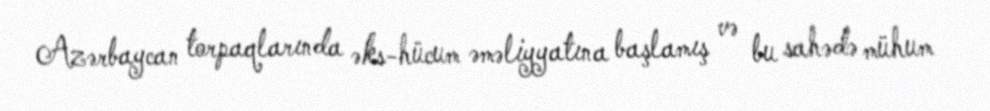
Azərbaycan torpaqlarında əks-hücum əməliyyatına başlamış və bu sahədə mühum